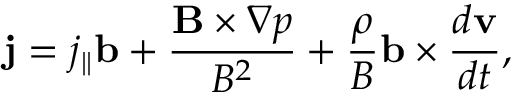
\mathbf { j } = j _ { \| } \mathbf { b } + \frac { \mathbf { B } \times \nabla p } { B ^ { 2 } } + \frac { \rho } { B } \mathbf { b } \times \frac { d { \mathbf { v } } } { d t } ,